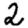
Digit: 2